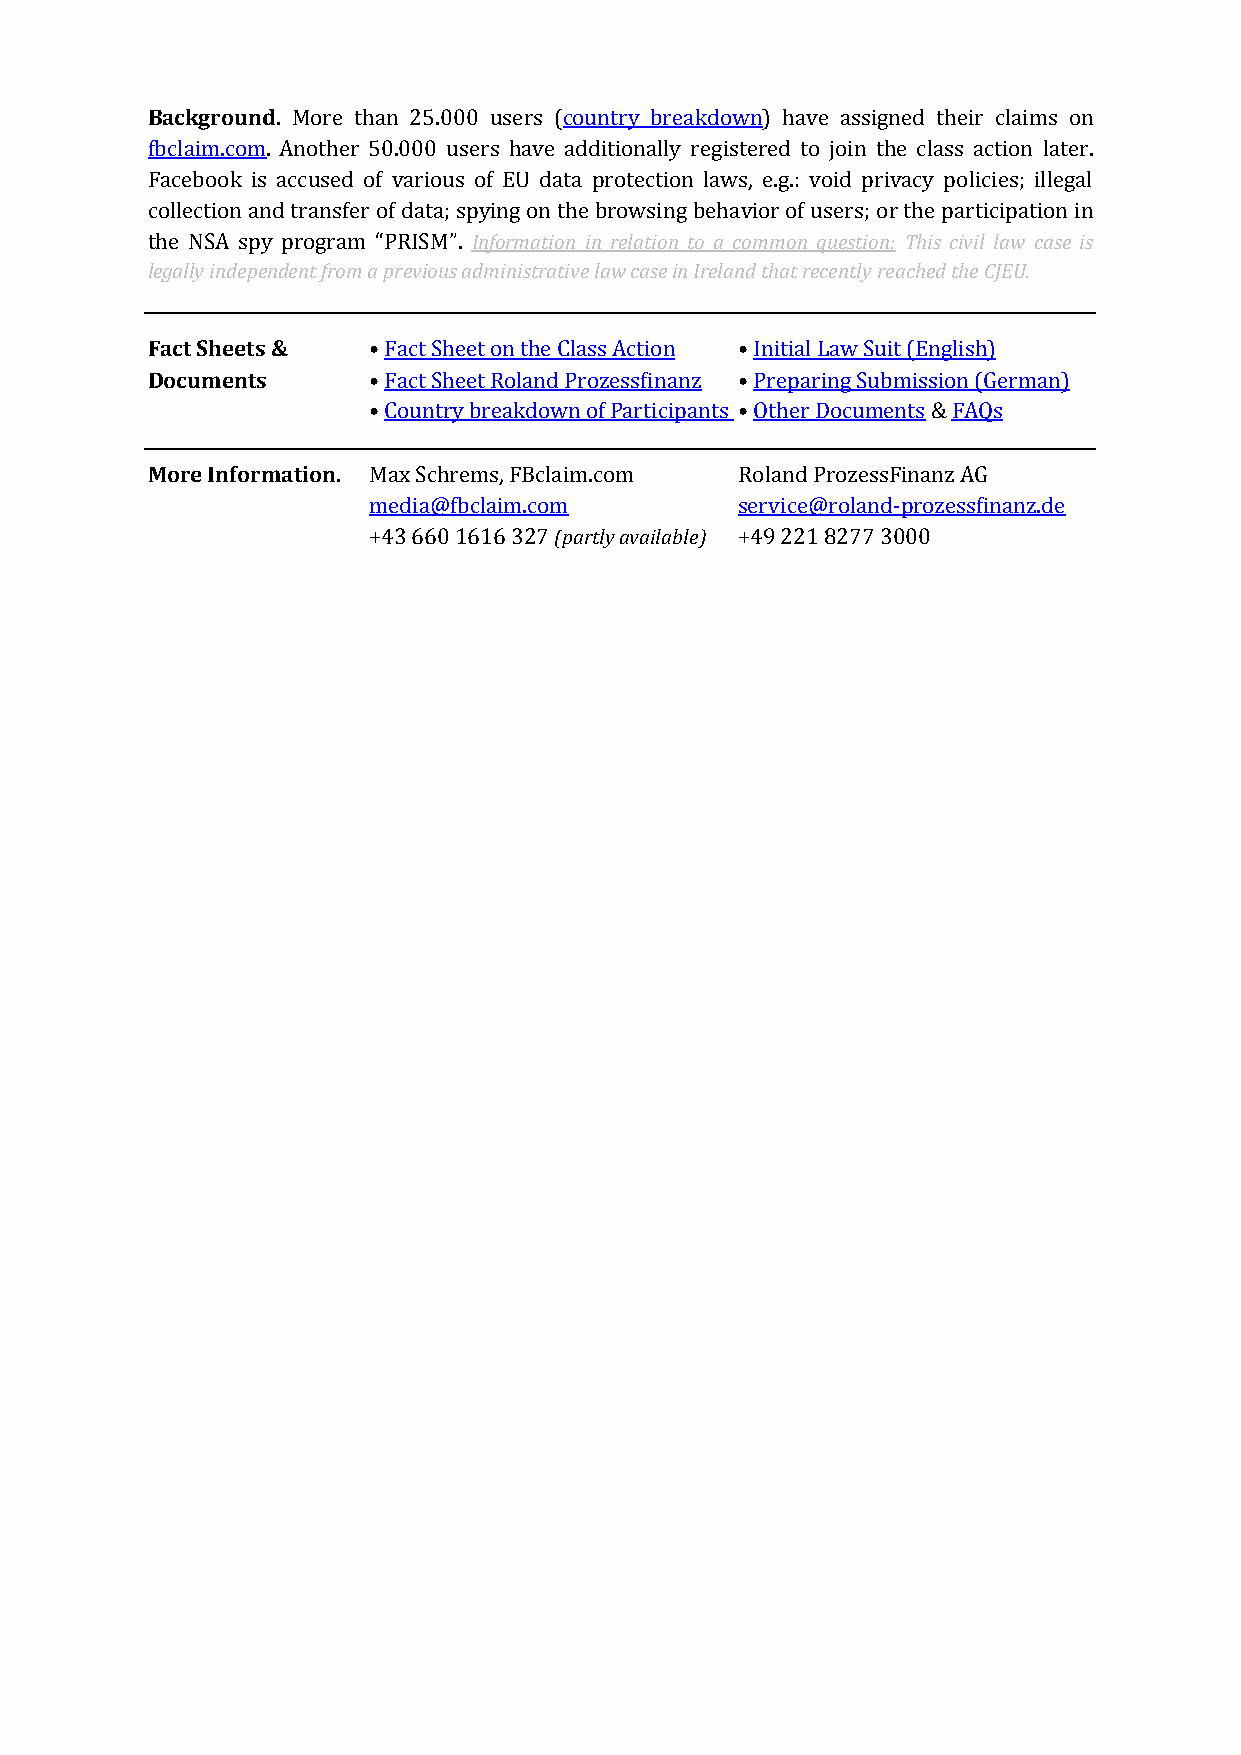
Background. More than 25.000 users (country breakdown) have assigned their claims on
 fbclaim.com. Another 50.000 users have additionally registered to join the class action later.
 Facebook is accused of various of EU data protection laws, e.g.: void privacy policies; illegal
 collection and transfer of data; spying on the browsing behavior of users; or the participation in
 the NSA spy program “PRISM”. Information in relation to a common question: This civil law case is
 legally independent from a previous administrative law case in Ireland that recently reached the CJEU.
 Fact Sheets & • Fact Sheet on the Class Action • Initial Law Suit (English)
 Documents     • Fact Sheet Roland Prozessfinanz • Preparing Submission (German)
 • Country breakdown of Participants • Other Documents & FAQs
 More Information. Max Schrems, FBclaim.com Roland ProzessFinanz AG
 media@fbclaim.com        service@roland-prozessfinanz.de
 +43 660 1616 327 (partly available) +49 221 8277 3000